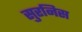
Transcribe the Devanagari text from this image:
सुरनिस